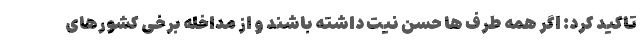
تاکید کرد: اگر همه طرف ها حسن نیت داشته باشند و از مداخله برخی کشورهای